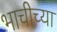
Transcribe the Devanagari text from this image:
भाचीच्या